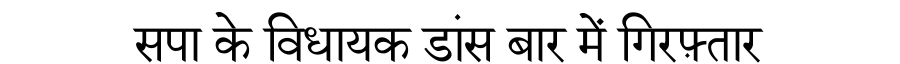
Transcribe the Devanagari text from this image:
सपा के विधायक डांस बार में गिरफ़्तार